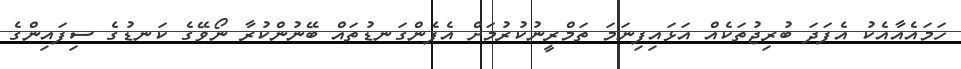
ހަމައެއާއެކު އެފަދަ ބުރިޖުތަކެއް އަޅައިފިނަމަ ތަމްރީނުކުރުމަށް އެފެންގަނޑުތައް ބޭނުންކުރާ ނޯވޭގެ ކަނޑުގެ ސިފައިންގެ